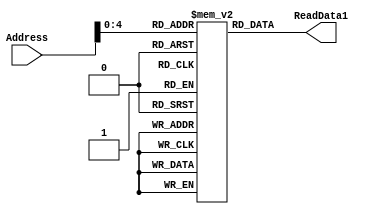
`timescale 1ns / 1ps
//////////////////////////////////////////////////////////////////////////////////
// Company: 
// Engineer: 
// 
// Design Name: 
// Module Name: IMem
// Project Name: 
// Target Devices: 
// Tool Versions: 
// Description: 
// 
// Dependencies: 
// 
// Revision:
// Revision 0.01 - File Created
// Additional Comments:
// 
//////////////////////////////////////////////////////////////////////////////////

module Instruction_Memory(Address, ReadData1);
	parameter BITSIZE = 32;
	parameter REGSIZE = 32;
	//intruction
	input [REGSIZE-1:0] Address;
	output reg [BITSIZE-1:0] ReadData1;

	reg [BITSIZE-1:0] memory_file [0:REGSIZE-1];	// Entire list of memory
    
	// Asyncronous read of memory. Was not specified.
	always @(Address, memory_file[Address])
        begin
            ReadData1 = memory_file[Address];
        end
        
    initial
    begin
        memory_file[0] = 32'b0; // initialize x0 as 0;
    end
    
	integer i;
	// method of filling the memory instead of through a test bench
	initial
		begin
			i = 0;
			
			i = i+1;
			memory_file[i] = 32'b000000000000_00000_111_01100_0110011;//and

			i = i+1;
			memory_file[i] = 32'b000000011111_01101_000_01101_0110011;//add

			i = i+1;
			memory_file[i] = 32'b000000001011_01011_110_01100_0110011;//or
			
			i = i+1;
			memory_file[i] = 32'b0000000_01011_01011_000_01100_1100011;//beq
			
			i = i+1;
			memory_file[i] = 32'b0000000_01011_01011_001_01100_1100011;//bne
			
			i = i+1;
			memory_file[i] = 32'b010000001011_01011_000_01100_0110011;//sub
			
			i = i+1;
			memory_file[i] = 32'b0000000_01011_01011_010_01100_0100011;//sw
			
			i = i+1;
			memory_file[i] = 32'b0000000_01011_01011_010_01100_0000011;//lw
			
			i = i+1;
			memory_file[i] = 32'b0000000_01011_01011_000_01100_0110111;//lui
			
			i = i+1;
			memory_file[i] = 32'b0000000_01011_01011_000_01100_0010011;//addi

		end
endmodule